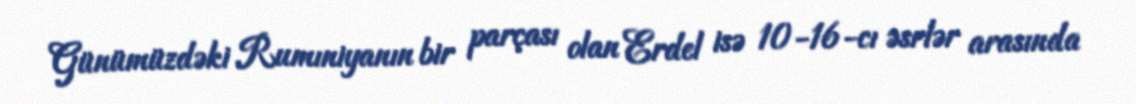
Günümüzdəki Rumıniyanın bir parçası olan Erdel isə 10-16-cı əsrlər arasında